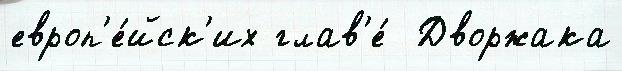
европ'е́йск'их глав'е́  Дворжака